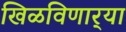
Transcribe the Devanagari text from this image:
खिळविणार्‍या